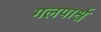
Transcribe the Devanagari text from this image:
गलपार्श्व